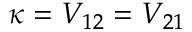
\kappa = V _ { 1 2 } = V _ { 2 1 }